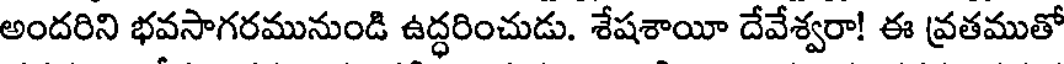
అందరిని భవసాగరమునుండి ఉద్ధరించుడు. శేషశాయీ దేవేశ్వరా! ఈ వ్రతముతో